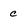
Character: c